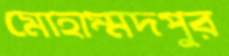
মোহাম্মদপুর